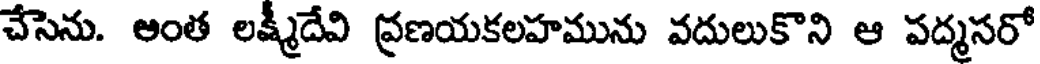
చేసెను. అంత లక్ష్మీదేవి ప్రణయకలహమును వదులుకొని ఆ పద్మసరో